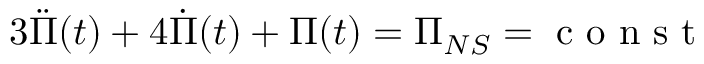
3 \ddot { \Pi } ( t ) + 4 \dot { \Pi } ( t ) + \Pi ( t ) = \Pi _ { N S } = \mathrm { ~ c ~ o ~ n ~ s ~ t ~ }